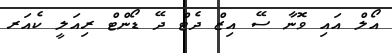
އޯލް އައި ވޮނާ ސޭ އިޒް ދެޓް ދޭ ޑޯންޓް ރިއަލީ ކެއަރ